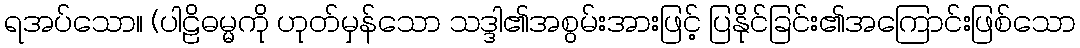
ရအပ်သော။ (ပါဠိဓမ္မကို ဟုတ်မှန်သော သဒ္ဒါ၏အစွမ်းအားဖြင့် ပြနိုင်ခြင်း၏အကြောင်းဖြစ်သော